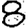
Digit: 8